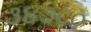
૩૪૭૮૦